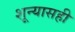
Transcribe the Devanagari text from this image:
शून्यासही